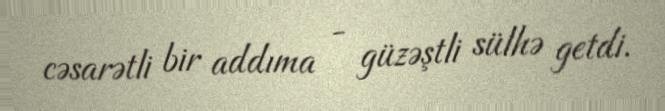
cəsarətli bir addıma - güzəştli sülhə getdi.